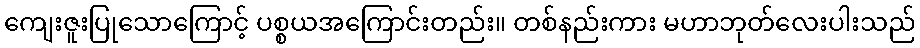
ကျေးဇူးပြုသောကြောင့် ပစ္စယအကြောင်းတည်း။ တစ်နည်းကား မဟာဘုတ်လေးပါးသည်